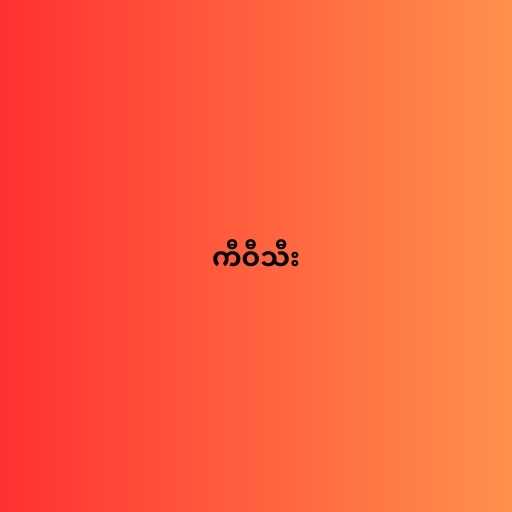
ကီဝီသီး